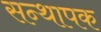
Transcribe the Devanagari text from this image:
सन्थापक